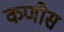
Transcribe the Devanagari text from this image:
कणीस